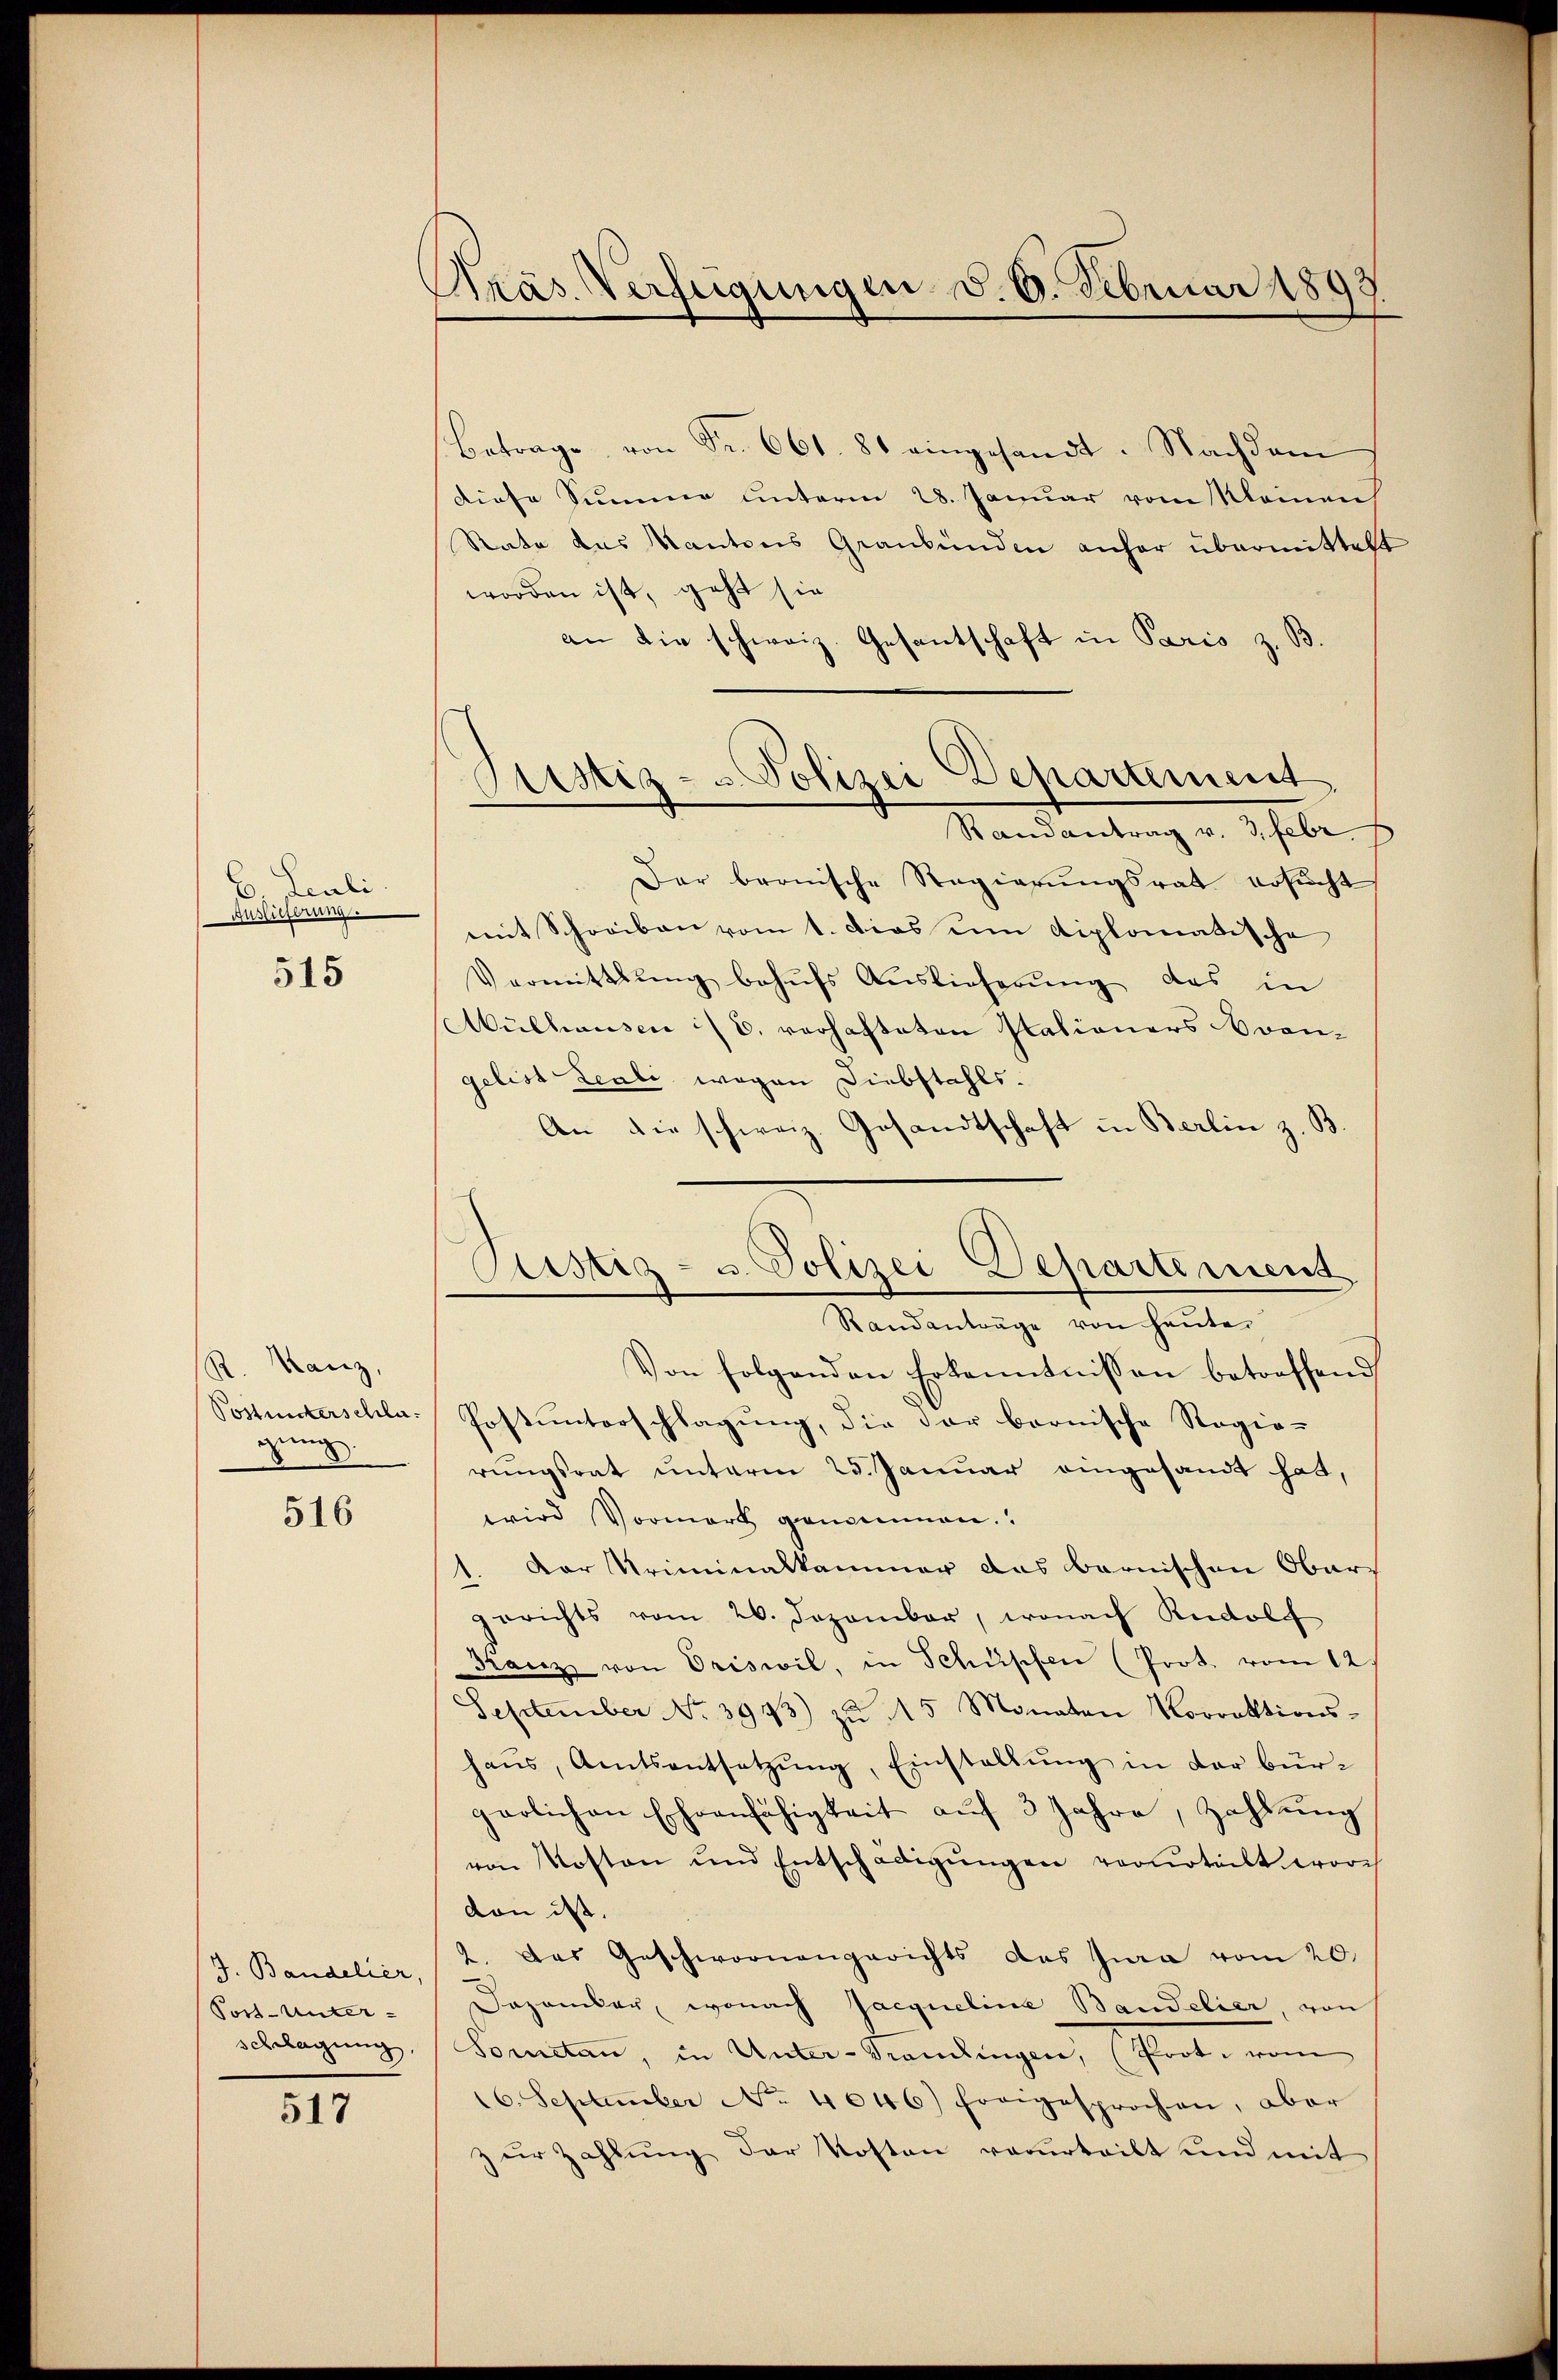
Leuli
Auslicherung.

515

R. Ranz,
Postunterschlagung
d

516

J. Bandelier,
Post-Unter-
schlagung,

517

Kras. Verfügungen d. 6. Februar 1899.

Betrage von Fr. 661. 81 eingesandt. Nachdem
diese Summe unterm 28. Januar vom Kleinen
Rate das Kantons Graubünden anher übermittelt
worden ist, geht sie
an die schweiz. Gesantschaft in Paris z. B
Dar bronische Regierŭngsrat ersŭcht
mit Schreiben vom 1. Dies um diplomatische
Vermittlung behŭfs Auslieferŭng des in
Mülhausen :/ E. verhafteten Nationers vongelist Leali, wegen Diebstahls.
An die schweiz. Gesandtschaft in Berlin z. B
Von folgenden Erkenntnissen betreffend
Postunterschlagŭng, die dar bernische Regie-
rŭngsrat unterm 25. Januar eingesandt hat,
wird Vormark genommen.
1. Der Kriminalkammer das Barnischen Obergerichts vom 26. Dezember, wonach Rudolf
Franz von Oriswil, in Schüpfen (Prot. vom 12
September No 3993) zŭ 15 Monaten Korrektions-
haŭs, Amtsentsetzŭng, Einstallŭng in der bür-
pärlichen Ehrenfähigkeit aŭf 3 Jahre, Zahlŭng
von Kosten und Entschädigŭngen verurteilt wori
don ist.
2. Das Geschwornengerichts das Jura vom 20.
Dazambar, wonach Jacqueline Bandelier, von
Somitan, in Unter-Grandingen, (Prot. vom
16. September No. 4046) forgesprochen, aber
zŭr Zahlung der Kosten verurteilt und mit

Sistiz- & Polizei Departement
Randantrag v. 3. Febr.

Sistiz- u. Polizei-Departement
Randanträge von heute.